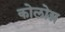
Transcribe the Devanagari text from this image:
कोलोग्न